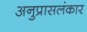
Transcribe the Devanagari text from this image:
अनुप्रासलंकार